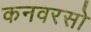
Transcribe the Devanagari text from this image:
कनवरसो